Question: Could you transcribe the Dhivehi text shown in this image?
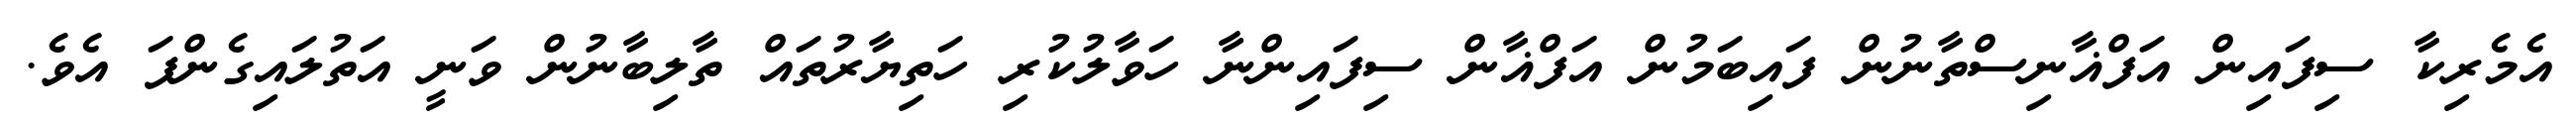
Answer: އެމެރިކާ ސިފައިން އަފްޣާނިސްތާނުން ފައިބަމުން އަފްޣާން ސިފައިންނާ ހަވާލުކުރި ހަތިޔާރުތައް ތާލިބާނުން ވަނީ އަތުލައިގެންފަ އެވެ.